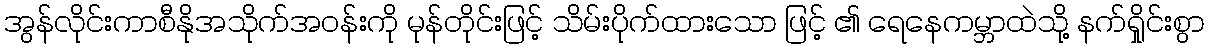
အွန်လိုင်းကာစီနိုအသိုက်အဝန်းကို မုန်တိုင်းဖြင့် သိမ်းပိုက်ထားသော ဖြင့် ၏ ရေနေကမ္ဘာထဲသို့ နက်ရှိုင်းစွာ